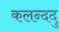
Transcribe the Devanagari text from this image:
कलन्ददु